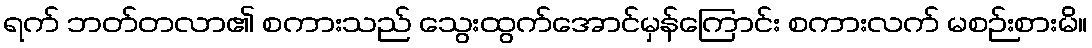
ရက် ဘတ်တလာ၏ စကားသည် သွေးထွက်အောင်မှန်ကြောင်း စကားလက် မစဉ်းစားမိ။